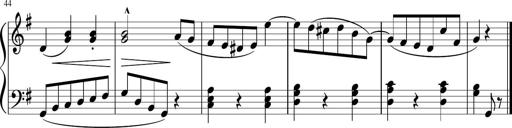
Title: 3 Sonatinen
Composer: Heinrich Lichner